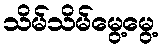
သိမ်သိမ်မွေ့မွေ့